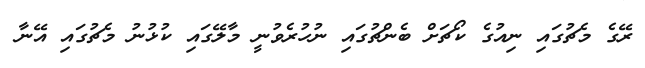
ރޭގެ މެޗުގައި ނިއުގެ ކޯޗަށް ބެންޗުގައި ނުހުރެވުނީ މާލޭގައި ކުޅުނު މެޗުގައި އޭނާ